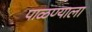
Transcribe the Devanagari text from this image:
पाळण्याला